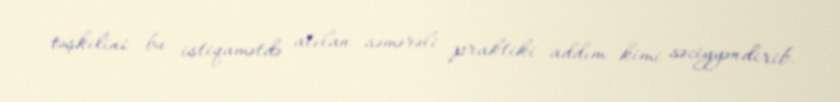
təşkilini bu istiqamətdə atılan səmərəli praktiki addım kimi səciyyəndirib.